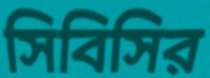
সিবিসির